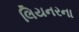
લિયનરના